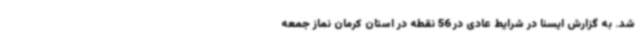
شد. به گزارش ایسنا در شرایط عادی در 56 نقطه در استان کرمان نماز جمعه